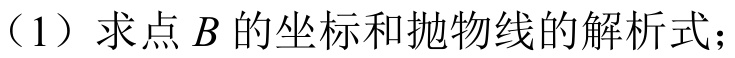
（1）求点\(B\)的坐标和抛物线的解析式；